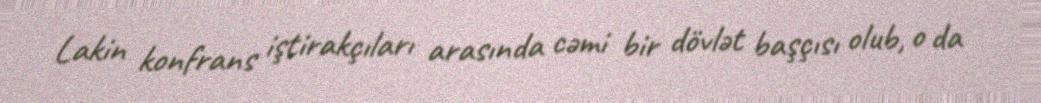
Lakin konfrans iştirakçıları arasında cəmi bir dövlət başçısı olub, o da